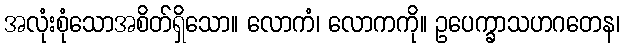
အလုံးစုံသောအစိတ်ရှိသော။ လောကံ၊ လောကကို။ ဥပေက္ခာသဟဂတေန၊